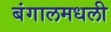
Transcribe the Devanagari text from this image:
बंगालमधली